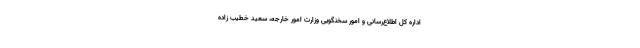
اداره کل اطلاع‌رسانی و امور سخنگویی وزارت امور خارجه، سعید خطیب زاده